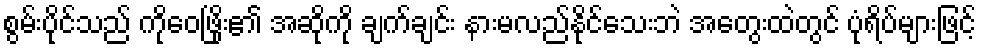
စွမ်းပိုင်သည် ကိုဝေဖြိုး၏ အဆိုကို ချက်ချင်း နားမလည်နိုင်သေးဘဲ အတွေးထဲတွင် ပုံရိပ်များဖြင့်